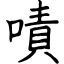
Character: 嘖